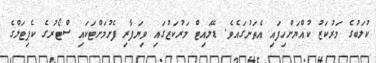
ކުލަބުގެ މަރުކަޒު ކުއްޔަށްހިފައި އެތަނުގައެވެ. ޑޭލައިޓް މަރުކަޒުގައި ވިޔަފާރި ފެށުމަށްޓަކައި ސްޓޯރުގެ ކެޕިޓަލްގެ